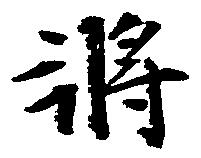
将